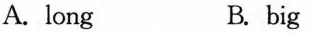
A.long B. big